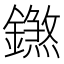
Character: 𨭝